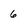
Character: 6